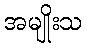
အမျိုးသ